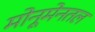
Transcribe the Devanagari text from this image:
मोनूमेनतल